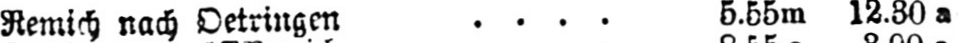
Remich nach Oetringen .... 5.55m 12.30a